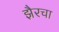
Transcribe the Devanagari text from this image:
झैरचा